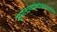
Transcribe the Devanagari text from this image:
सूर्यलक्ष्याभिविज्ञेयस्तपतेव